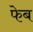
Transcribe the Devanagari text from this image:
फेब